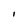
Character: l